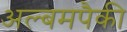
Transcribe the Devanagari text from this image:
अल्बमपैकी